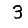
Digit: 3